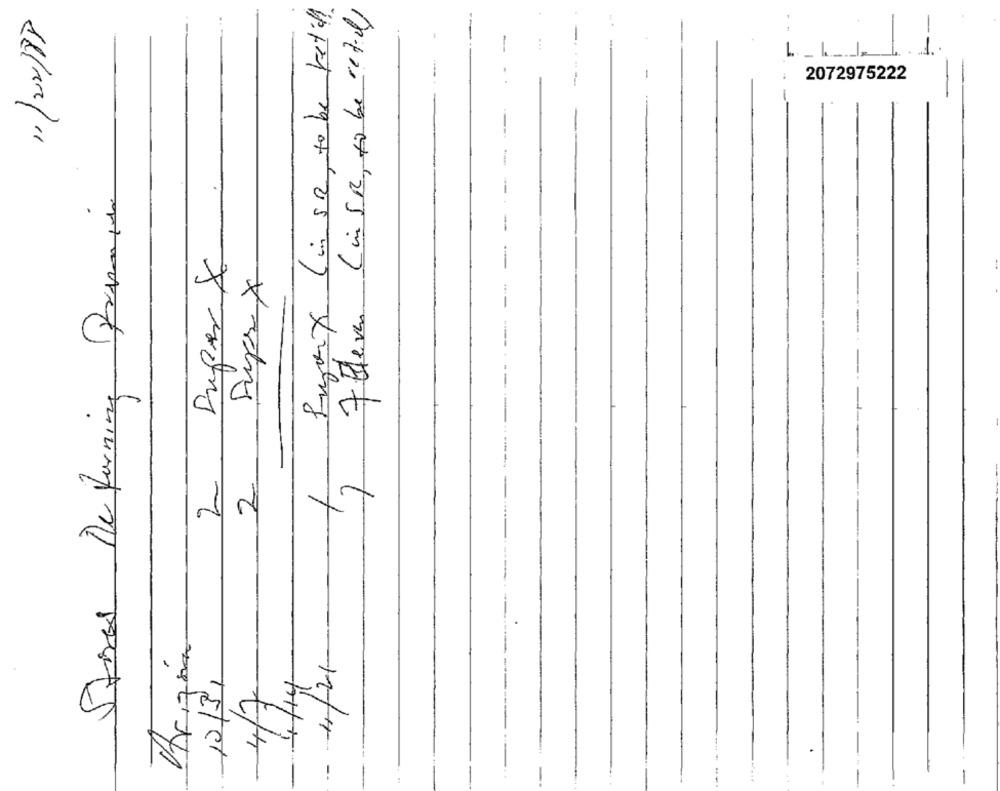
Puoix (insR, to be ketil)
7 Elever (inSR, to be cet)
"/22/88
-
L.
1
--
-
2072975222
-
De forming Promin
-
-*
Super &
Super X
--
12
2
12/31
4/7